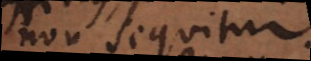
non sequitur.